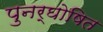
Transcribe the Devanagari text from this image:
पुनर्घोषित